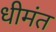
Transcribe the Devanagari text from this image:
धीमंत